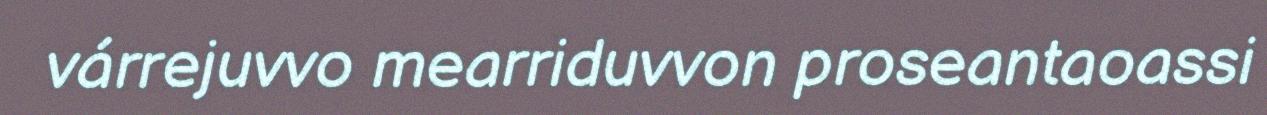
várrejuvvo mearriduvvon proseantaoassi